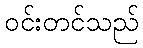
ဝင်းတင်သည်